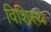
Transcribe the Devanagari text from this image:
विशिस्थ